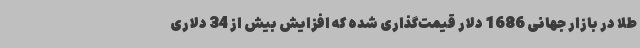
طلا در بازار جهانی 1686 دلار قیمت‌گذاری شده که افزایش بیش از 34 دلاری